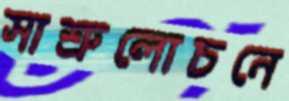
সাশ্রুলোচনে